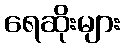
ရေဆိုးများ